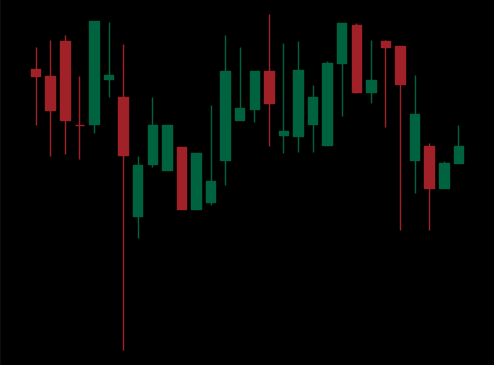
Pattern: unclassified